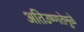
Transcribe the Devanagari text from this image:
अतिउष्णतेमुळे